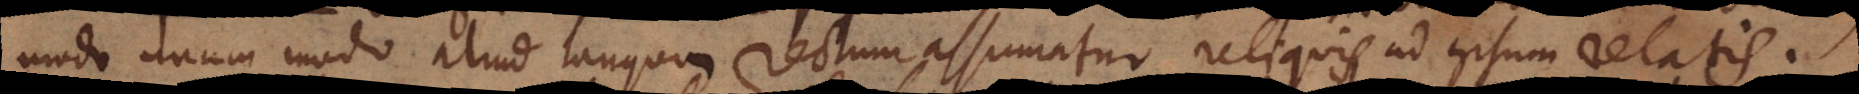
modo unum modo aliud tanquam rectum assumatur, reliquis ad ipsum relatis.